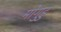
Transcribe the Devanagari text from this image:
मोगुडु